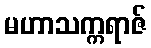
မဟာသက္ကရာဇ်